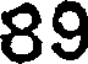
89